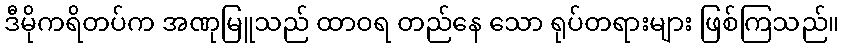
ဒီမိုကရိတပ်က အဏုမြူသည် ထာဝရ တည်နေ သော ရုပ်တရားများ ဖြစ်ကြသည်။